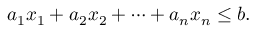
a _ { 1 } x _ { 1 } + a _ { 2 } x _ { 2 } + \cdots + a _ { n } x _ { n } \leq b .